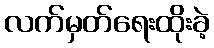
လက်မှတ်ရေးထိုးခဲ့